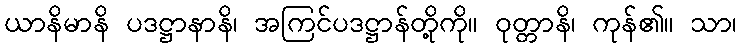
ယာနိမာနိ ပဒဋ္ဌာနာနိ၊ အကြင်ပဒဋ္ဌာန်တို့ကို။ ဝုတ္တာနိ၊ ကုန်၏။ သာ၊